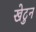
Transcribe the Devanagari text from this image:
खेटुन